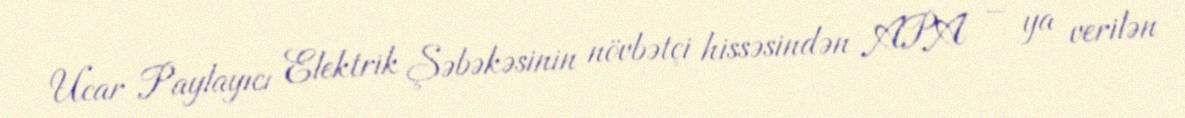
Ucar Paylayıcı Elektrik Şəbəkəsinin növbətçi hissəsindən APA – ya verilən